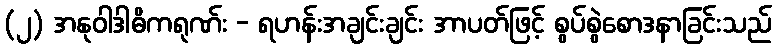
(၂) အနုဝါဒါဓိကရုဏ်း - ရဟန်းအချင်းချင်း အာပတ်ဖြင့် စွပ်စွဲစောဒနာခြင်းသည်